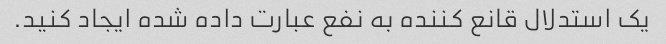
یک استدلال قانع کننده به نفع عبارت داده شده ایجاد کنید.